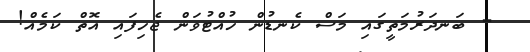
- ބަނދަރުމަތީގައި މަސް ކެނޑުން ހުއްޓުވަން ޖެހިފައި އޮތް ކަމެއް!